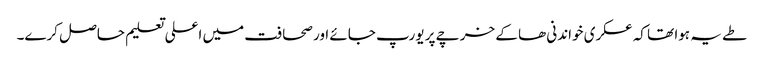
طے یہ ہوا تھا کہ عسکری خواندنی ھا کے خرچے پر یورپ جائے اور صحافت میں اعلی تعلیم حاصل کرے۔